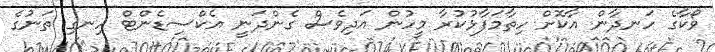
ވޯކާގެ ހަނދާން އާކޮށް ހިތާމަފާޅުކުރާ މީހުން އަދިވެސް ގެންދަނީ އެކްސިޑެންޓް ހިނގި ތަނުގެ